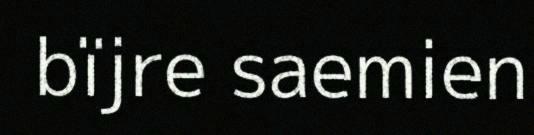
bïjre saemien